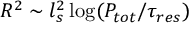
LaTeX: R ^ { 2 } \sim l _ { s } ^ { 2 } \log ( P _ { t o t } / \tau _ { r e s } )